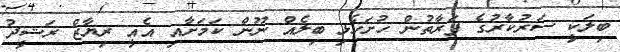
ބިލަކީ ސަރުކާރުގެ ފަރާތުން ހުށަހެޅި ބިލެއް ނޫން ކަމަށާއި އެއީ ރިޔާޒް ރަޝީދު